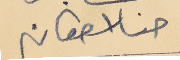
حنا اسطفان